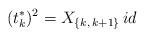
LaTeX: \begin{align*}(t_{k}^*)^{2} = X_{\{k,\,k+1\}}\, id\end{align*}